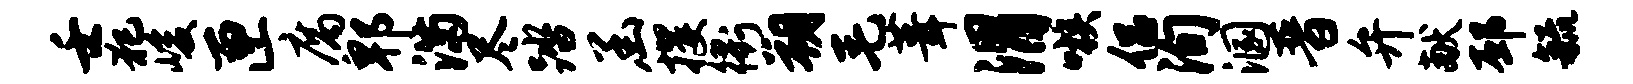
壬犯峻匣腐郫满尽踏函攫衢朔毛葺渭嗾侣洵溷晋弁献邳毓